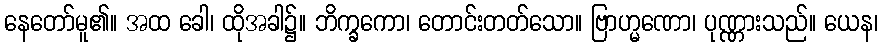
နေတော်မူ၏။ အထ ခေါ၊ ထိုအခါ၌။ ဘိက္ခကော၊ တောင်းတတ်သော။ ဗြာဟ္မဏော၊ ပုဏ္ဏားသည်။ ယေန၊